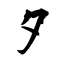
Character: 夕